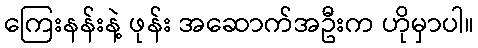
ကြေးနန်းနဲ့ ဖုန်း အဆောက်အဦးက ဟိုမှာပါ။